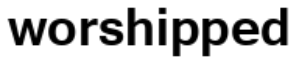
worshipped